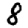
Digit: 8